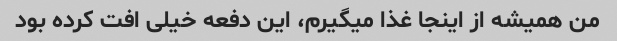
من همیشه از اینجا غذا میگیرم، این دفعه خیلی افت کرده بود